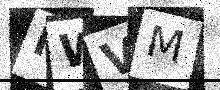
Text: HWVM